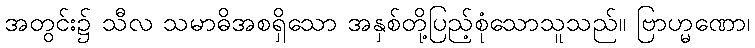
အတွင်း၌ သီလ သမာဓိအစရှိသော အနှစ်တို့ပြည့်စုံသောသူသည်။ ဗြာဟ္မဏော၊